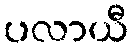
ပလာယီ